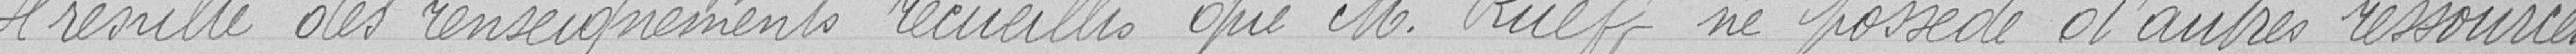
Il résulte des renseignements recueillis que Monsieur Rueff ne possède d'autres ressources